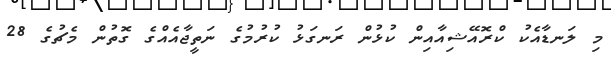
މި ލަނޑާއެކު ކްރޮއޭޝިއާއިން ކުޅުން ރަނގަޅު ކުރުމުގެ ނަތީޖާއެއްގެ ގޮތުން މެޗުގެ 28